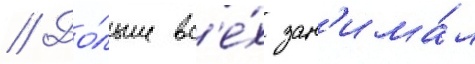
// До́льше вс'е́х зан'има́л